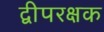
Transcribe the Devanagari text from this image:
द्वीपरक्षक